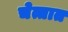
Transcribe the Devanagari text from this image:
चेत्तात